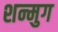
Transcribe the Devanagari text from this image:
शन्मुग